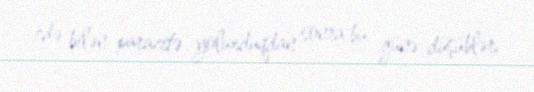
edə bilən parazitə yoluxduqdan sonra bu günə düşüblər.